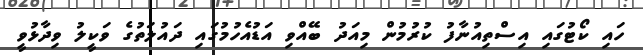
ހައި ކޯޓުގައި އިސްތިއުނާފު ކުރުމުން މިއަދު ބޭއްވި އަޑުއެހުމުގައި ދައުލަތުގެ ވަކީލު ވިދާޅުވީ